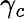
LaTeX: \gamma_{c}